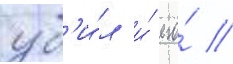
уб'и́л и́ его́ //